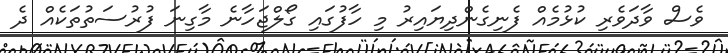
ވެސް ވާދަވެރި ކުޅުމެއް ފެނިގެންދިޔައިރު މި ހާފުގައި ގޯލްޖަހާނެ މާގިނަ ފުރުސަތުތަކެއް ދެ